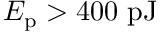
E _ { \mathrm { p } } > 4 0 0 \ \mathrm { p J }